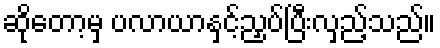
ဆိုတော့မှ ပလာယာနှင့်ညှပ်ပြီးလှည့်သည်။